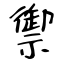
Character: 禦